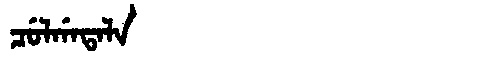
Manchu: ᠴᡠᠯᡤᠠᡨᠠᠯᠠ
Romanization: CULGATALA